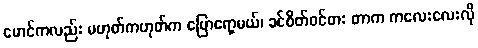
မောင်ကလည်း မဟုတ်ကဟုတ်က ပြောရော့မယ်၊ ခင်စိတ်ဝင်စား တာက ကလေးလေးလို